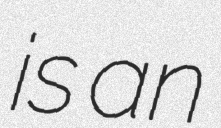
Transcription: is an